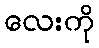
လေးကို